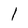
Character: 1